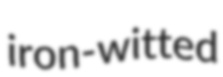
iron-witted